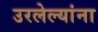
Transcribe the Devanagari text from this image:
उरलेल्यांना